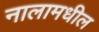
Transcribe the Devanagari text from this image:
नालामधील